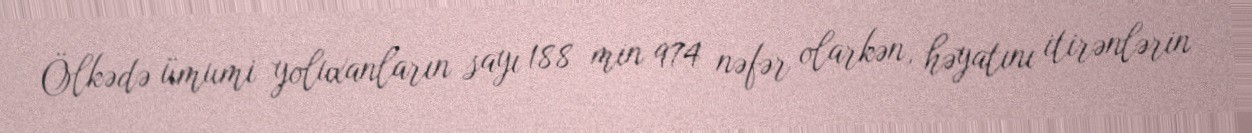
Ölkədə ümumi yoluxanların sayı 188 min 974 nəfər olarkən, həyatını itirənlərin